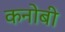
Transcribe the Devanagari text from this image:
कनोबी